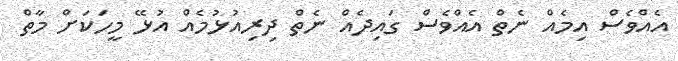
އެއްވެސް އިމެއް ނެތް އެއްވެސް ގައިދެއް ނެތް ދިރިއުޅުމެއް އުޅޭ މީހަކަށް މާތް